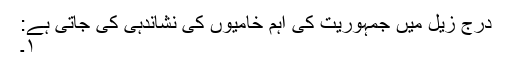
درج زیل میں جمہوریت کی اہم خامیوں کی نشاندہی کی جاتی ہے:
۱۔